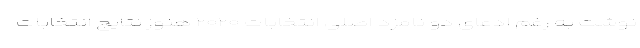
نوشت به رغم ادعای دو نامزد اصلی انتخابات ۲۰۲۰ هنوز نتایج انتخابات